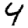
Digit: 4